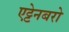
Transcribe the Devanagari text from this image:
एट्टेनबरो